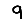
Digit: 9